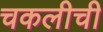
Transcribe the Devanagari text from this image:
चकलीची